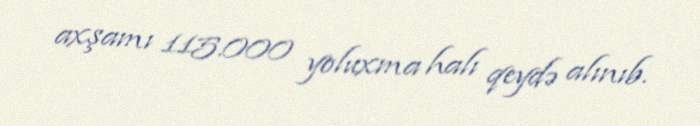
axşamı 115.000 yoluxma halı qeydə alınıb.